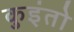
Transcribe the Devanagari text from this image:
कुइंतो